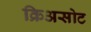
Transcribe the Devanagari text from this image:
क्रिअसोट